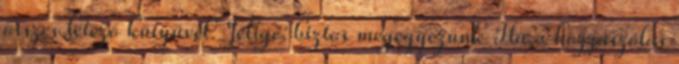
összes létező kütyüvel. Jelige: biztos megegyezünk Ha a hozzászólás